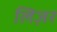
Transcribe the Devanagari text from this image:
लिज़र